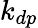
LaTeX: k_{dp}